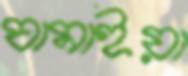
ঘামাইয়া